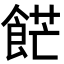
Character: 𩛲